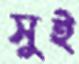
সুই